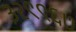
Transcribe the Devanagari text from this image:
३२९९६७